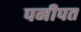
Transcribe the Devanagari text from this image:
पनीपत